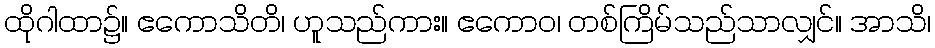
ထိုဂါထာ၌။ ဧကောသိတိ၊ ဟူသည်ကား။ ဧကောဝ၊ တစ်ကြိမ်သည်သာလျှင်။ အာသိ၊